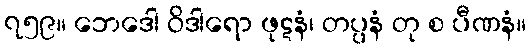
၇၅၉။ ဘေဒေါ ဝိဒါရော ဖုဋနံ၊ တပ္ပနံ တု စ ပီဏနံ။